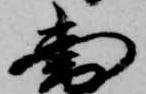
図